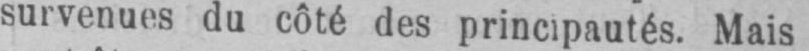
survenues du côté des principautés. Mais